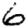
Digit: 6